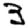
Digit: 3